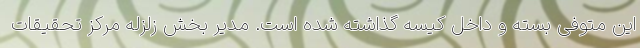
این متوفی بسته و داخل کیسه گذاشته شده است. مدیر بخش زلزله مرکز تحقیقات